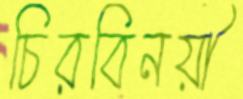
চিরবিনয়ী